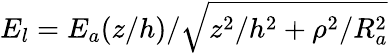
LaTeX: E_{l}=E_{a}(z/h)/\sqrt{z^{2}/h^{2}+\rho^{2}/R_{a}^{2}}